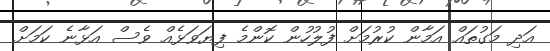
އަދި މަގުތައް އަމާން ކުރުމަށް ފުލުހުން ކޮންމެ ފިޔަވަޅެއް ވެސް އަޅާނެ ކަމަށް